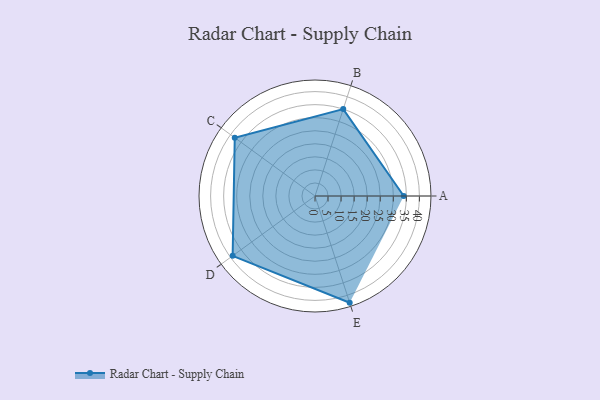
{"axis": {"x": "Skill", "y": "Score"}, "legend": ["Profile"], "data": [{"x": "A", "y": 34.0, "type": "Profile"}, {"x": "B", "y": 35.0, "type": "Profile"}, {"x": "C", "y": 38.0, "type": "Profile"}, {"x": "D", "y": 39.0, "type": "Profile"}, {"x": "E", "y": 43.0, "type": "Profile"}]}